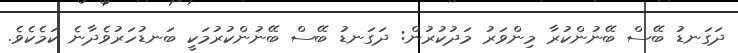
ދަގަނޑު ބޭސް ބޭނުންކުރާ މިންވަރު މަދުކުރުން: ދަގަނޑު ބޭސް ބޭނުންކުރުމަކީ ބަނޑުހަރުވެދާނެ ކަމެކެވެ.